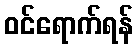
ဝင်ရောက်ရန်